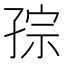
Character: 孮